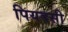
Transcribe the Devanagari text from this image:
पियदसी